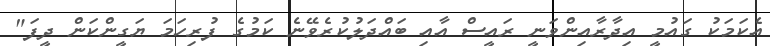
އެކަމަކު ގައުމީ އިދާރާއިންވަނީ ރައީސް އާއި ބައްދަލުކުރެވޭނެ ކަމުގެ ފުރިހަމަ ޔަގީންކަން ދީފަ"